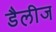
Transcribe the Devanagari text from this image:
डैलीज